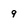
Character: 9